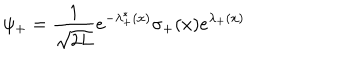
LaTeX: \psi _ { + } = { \frac { 1 } { \sqrt { 2 L } } } e ^ { - \lambda _ { + } ^ { * } ( x ) } \sigma _ { + } ( x ) e ^ { \lambda _ { + } ( x ) }